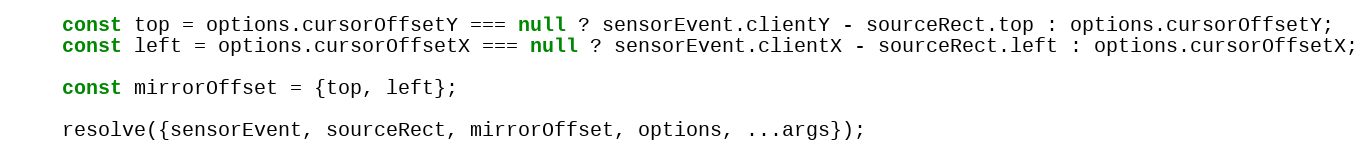
Language: JavaScript
    const top = options.cursorOffsetY === null ? sensorEvent.clientY - sourceRect.top : options.cursorOffsetY;
    const left = options.cursorOffsetX === null ? sensorEvent.clientX - sourceRect.left : options.cursorOffsetX;

    const mirrorOffset = {top, left};

    resolve({sensorEvent, sourceRect, mirrorOffset, options, ...args});